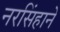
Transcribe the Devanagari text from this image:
नरसिंहाने